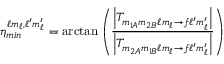
\eta _ { m i n } ^ { \ell m _ { \ell } , \ell ^ { \prime } m _ { \ell } ^ { \prime } } = \arctan \left( \frac { \left| T _ { m _ { 1 A } m _ { 2 B } \ell m _ { \ell } \rightarrow f \ell ^ { \prime } m _ { \ell } ^ { \prime } } \right| } { \left| T _ { m _ { 2 A } m _ { 1 B } \ell m _ { \ell } \rightarrow f \ell ^ { \prime } m _ { \ell } ^ { \prime } } \right| } \right)